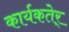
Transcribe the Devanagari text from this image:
कार्यकतेर्